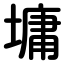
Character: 墉